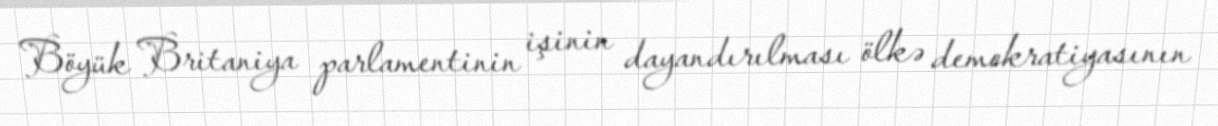
Böyük Britaniya parlamentinin işinin dayandırılması ölkə demokratiyasının